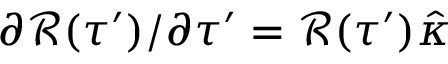
\partial \mathcal { R } ( \tau ^ { \prime } ) / \partial \tau ^ { \prime } = \mathcal { R } ( \tau ^ { \prime } ) \hat { \kappa }